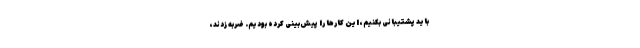
باید پشتیبانی بکنیم، این کارها را پیش‌بینی کرده بودیم. ضربه زدند،